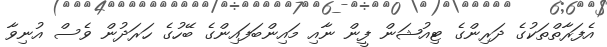
އެފަރާތްތަކުގެ ދަރިންގެ ޓިއުޝަން ފީން ނާއި މައިންބަފައިންގެ ބޭހުގެ ހަރަދުން ވެސް އުނިވާ